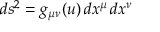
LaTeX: d s ^ { 2 } = g _ { \mu \nu } ( u ) \, d x ^ { \mu } \, d x ^ { \nu }